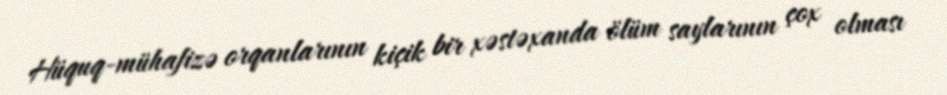
Hüquq-mühafizə orqanlarının kiçik bir xəstəxanda ölüm saylarının çox olması